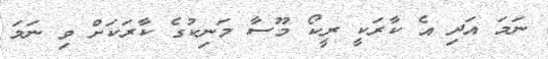
ނަމަ އަދި އެ ކާރަކީ ރީކޯ މޫސާ މަނިކުގެ ކާރަކަށް ވި ނަމަ